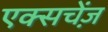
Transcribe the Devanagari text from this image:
एक्सचेंज़